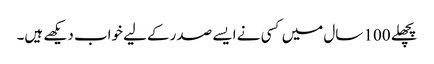
پچھلے 100 سال میں کسی نے ایسے صدر کےلیے خواب دیکھے ہیں۔